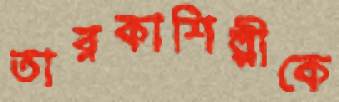
তারকাশিল্পীকে